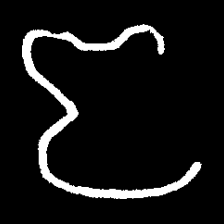
Pyu character \u2014 Myanmar letter: ဇ (romanized: ja)